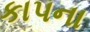
કાપના